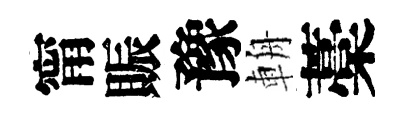
甯賑豫輈藁